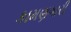
કામણગારી